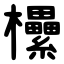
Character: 欙